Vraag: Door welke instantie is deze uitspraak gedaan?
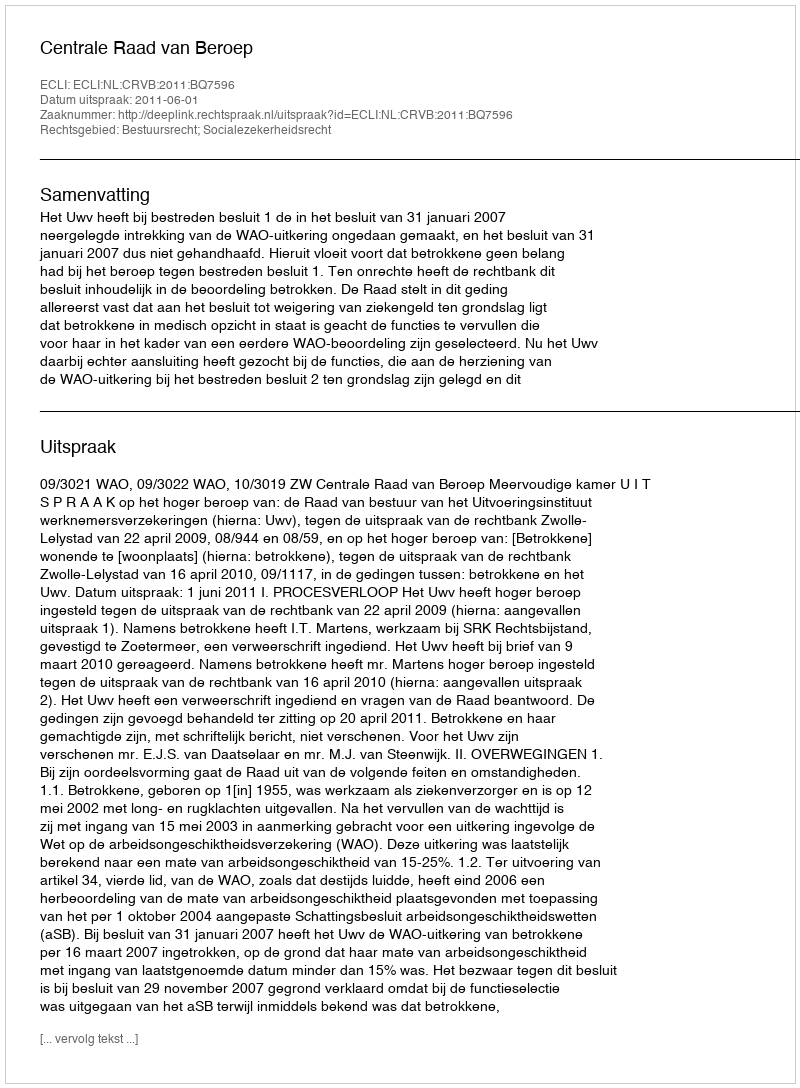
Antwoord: Centrale Raad van Beroep